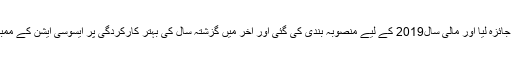
تقریب میں گزشتہ سالِ 2017کی کارکردگی کا بغور جائزہ لیا اور مالی سال2019 کے لیے منصوبہ بندی کی گئی اور آخر میں گزشتہ سال کی بہتر کارکردگی پر ایسوسی ایشن کے ممبران میں ایوارڈز، شیلڈز اور اعزازات تقسیم کیے گئے۔